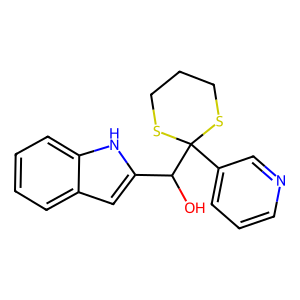
SMILES: OC(c1cc2ccccc2[nH]1)C1(c2cccnc2)SCCCS1
Inhibits HIV replication: No